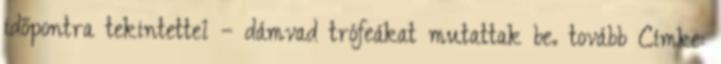
időpontra tekintettel – dámvad trófeákat mutattak be. tovább Címke: